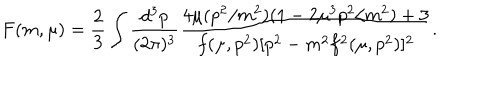
LaTeX: F ( m , \mu ) = \frac { 2 } { 3 } \int \frac { d ^ { 3 } p } { ( 2 \pi ) ^ { 3 } } \frac { 4 \mu ( p ^ { 2 } / m ^ { 2 } ) ( 1 - 2 \mu ^ { 3 } p ^ { 2 } / m ^ { 2 } ) + 3 } { f ( \mu , p ^ { 2 } ) [ p ^ { 2 } - m ^ { 2 } f ^ { 2 } ( \mu , p ^ { 2 } ) ] ^ { 2 } } .